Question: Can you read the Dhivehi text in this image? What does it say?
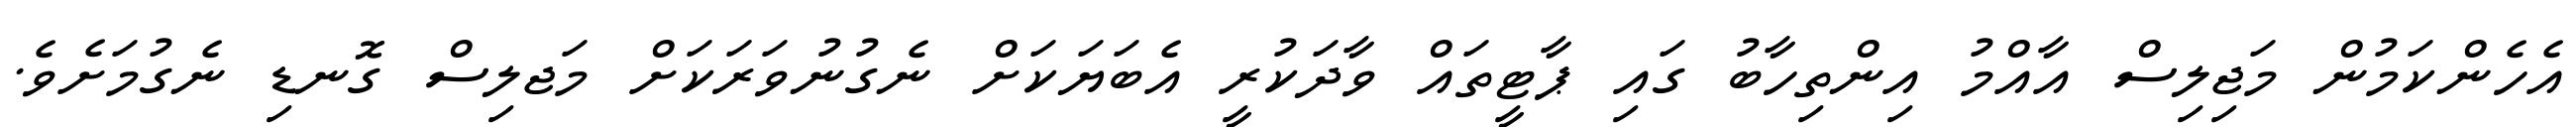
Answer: އެހެންކަމުން މަޖިލިސް އާއްމު އިންތިހާބު ގައި ޕާޓީތައް ވާދަކުރީ އެބަޔަކަށް ނެގުނުވަރަކަށް މަޖލިސް ގޮނޑި ނެގުމަށެވެ.